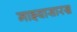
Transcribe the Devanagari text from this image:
माझ्यासारख